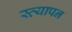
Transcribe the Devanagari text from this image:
स्त्यापन